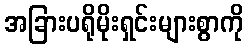
အခြားပရိုမိုးရှင်းများစွာကို